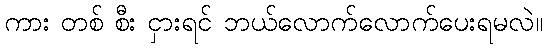
ကား တစ် စီး ငှားရင် ဘယ်လောက်လောက်ပေးရမလဲ။